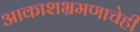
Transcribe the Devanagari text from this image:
आकाशभ्रमणाचेही